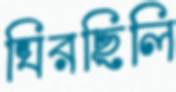
ঘিরছিলি